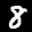
Label: 8